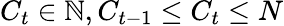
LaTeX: C_{t}\in\mathbb{N},C_{t-1}\le C_{t}\le N